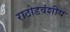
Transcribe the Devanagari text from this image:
राठोडवंशीय